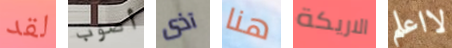
لقد أصوب آذى هنا الاريكة لااعلم